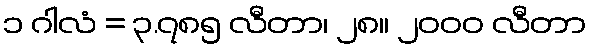
၁ ဂါလံ = ၃.၇၈၅ လီတာ၊ ၂၈။ ၂၀၀၀ လီတာ